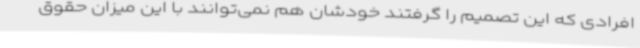
افرادی که این تصمیم را گرفتند خودشان هم نمی‌توانند با این میزان حقوق